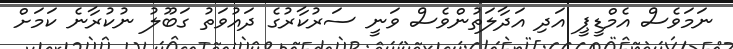
ނަމަވެސް އެމްޑީޕީ އަދި އަދާލަތުންވެސް ވަނީ ސަރުކާާރުގެ ދައުވަތު ގަބޫލު ނުކުރާނެ ކަމަށް